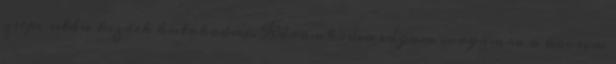
zsepi után kezdek kutakodni. Káromkodva vágom magamra a kocsim